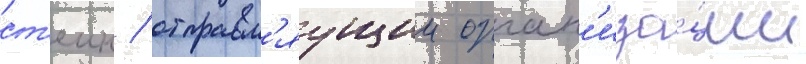
ст'еин / отправл'яущии орган'иза́ции